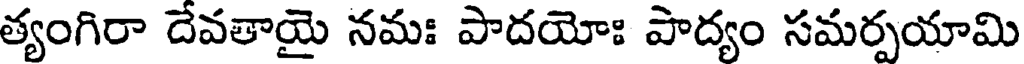
త్యంగిరా దేవతాయై నమః పాదయోః పాద్యం సమర్పయామి